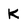
Character: K